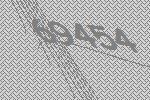
69454